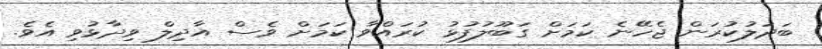
ބަދަލުކުރަން ޖެހޭނެ ކަމަށް ގަބޫލުފުޅު ކުރައްވާ ކަމަށް ވެސް އާދިލް ވިދާޅުވި އެވެ.